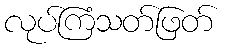
လုပ်ကြံသတ်ဖြတ်